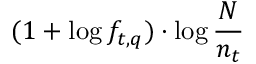
( 1 + \log f _ { t , q } ) \cdot \log { \frac { N } { n _ { t } } }